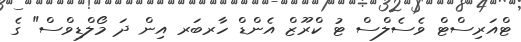
ޓްއަރިސްޓް ވެސެލްސް ޓު ކްރޫޒް އެންޑް ހާރބަރ އިން ދަ މޯލްޑިވްސް" ގެ